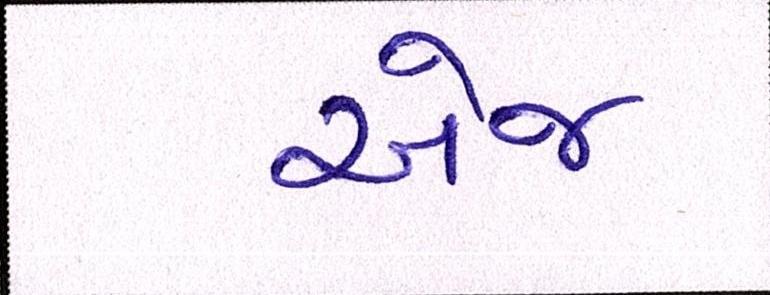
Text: એજ